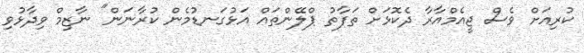
ކުރިއަށް ވެސް ޖީއެމްއާރާ ދެކޮޅަށް ތަފާތު ޕްލޭންތައް އަޅުގަނޑުމެން ކުރާނަން" ނާޒިމް ވިދާޅުވި